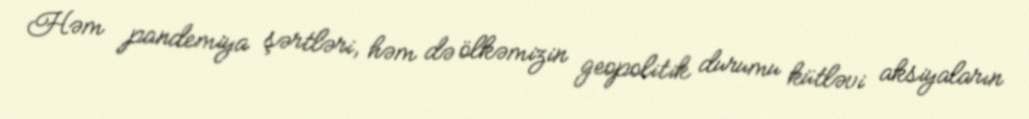
Həm pandemiya şərtləri, həm də ölkəmizin geopolitik durumu kütləvi aksiyaların